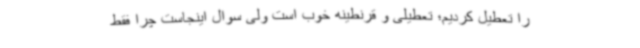
را تعطیل کردیم؛ تعطیلی و قرنطینه خوب است ولی سوال اینجاست چرا فقط